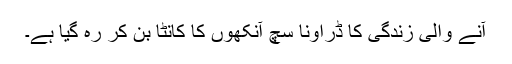
آنے والی زندگی کا ڈراونا سچ آنکھوں کا کانٹا بن کر رہ گیا ہے۔